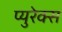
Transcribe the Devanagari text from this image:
प्युरेक्स